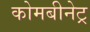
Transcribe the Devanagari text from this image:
कोमबीनेट्र